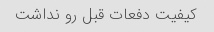
کیفیت دفعات قبل رو نداشت